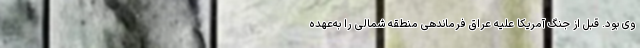
وی بود. قبل از جنگ آمریکا علیه عراق فرماندهی منطقه شمالی را به‌عهده